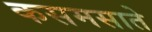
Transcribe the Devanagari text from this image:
कसमसाते